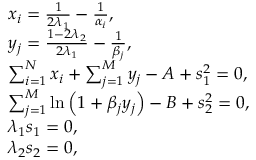
\begin{array} { r l } & { x _ { i } = \frac { 1 } { 2 \lambda _ { 1 } } - \frac { 1 } { \alpha _ { i } } , } \\ & { y _ { j } = \frac { 1 - 2 \lambda _ { 2 } } { 2 \lambda _ { 1 } } - \frac { 1 } { \beta _ { j } } , } \\ & { \sum _ { i = 1 } ^ { N } x _ { i } + \sum _ { j = 1 } ^ { M } y _ { j } - A + s _ { 1 } ^ { 2 } = 0 , } \\ & { \sum _ { j = 1 } ^ { M } \ln \left( 1 + \beta _ { j } y _ { j } \right) - B + s _ { 2 } ^ { 2 } = 0 , } \\ & { \lambda _ { 1 } s _ { 1 } = 0 , } \\ & { \lambda _ { 2 } s _ { 2 } = 0 , } \end{array}